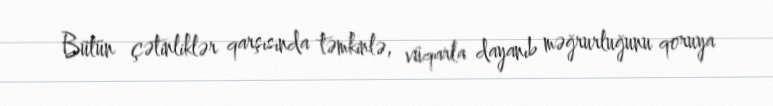
Bütün çətinliklər qarşısında təmkinlə, vüqarla dayanıb məğrurluğunu qoruya